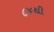
૮૪થી